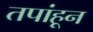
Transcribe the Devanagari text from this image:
तपांहून